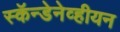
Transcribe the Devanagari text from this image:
स्कॅन्डेनेव्हीयन